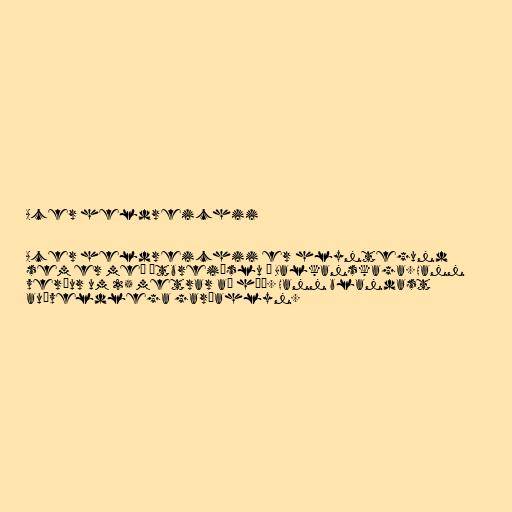
Acer heldreichii

Acer heldreichii er hlyntegund
sem er með útbreiðslu á Balkanskaga. Hann
verður um 25 metrar að hæð. Hann blandast
auðveldlega garðahlyn.